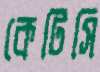
কেটিসি